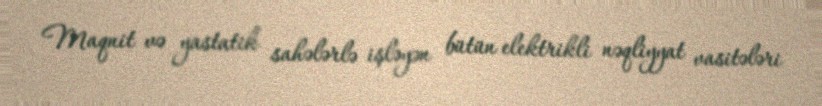
Maqnit və yastatik sahələrlə işləyən bütün elektrikli nəqliyyat vasitələri